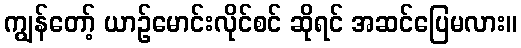
ကျွန်တော့် ယာဉ်မောင်းလိုင်စင် ဆိုရင် အဆင်ပြေမလား။